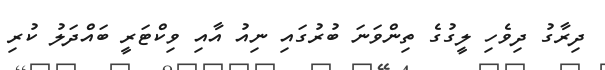
ދިރާގު ދިވެހި ލީގުގެ ތިންވަނަ ބުރުގައި ނިއު އާއި ވިކްޓަރީ ބައްދަލު ކުރި